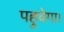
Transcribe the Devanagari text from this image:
पहुचेगा।